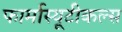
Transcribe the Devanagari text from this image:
फार्मास्यूटीकल्स